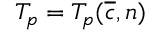
T _ { p } = T _ { p } ( \overline { { c } } , n )